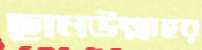
ছানউল্লাহর